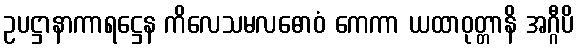
ဥပဋ္ဌာနာကာရဋ္ဌေန ကိလေသမလဓောဝံ ကေကာ ယထာဝုတ္တာနိ အဂ္ဂီပိ